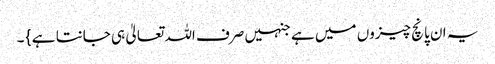
یہ ان پانچ چیزوں میں ہے جنہیں صرف اللہ تعالیٰ ہی جانتا ہے } ۔